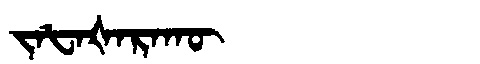
Manchu: ᠵᠠᡶᠠᡧᠠᡵᠠᡴᡡ
Romanization: JAFAŠARAKŪ